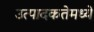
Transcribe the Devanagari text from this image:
उत्पादकतेमध्ये